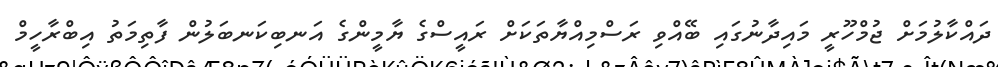
ދައްކާލުމަށް ޖުމްހޫރީ މައިދާނުގައި ބޭއްވި ރަސްމިއްޔާތަކަށް ރައީސްގެ ޔާމީންގެ އަނބިކަނބަލުން ފާތިމަތު އިބްރާހީމް